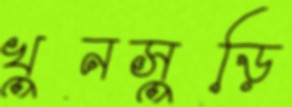
খুনসুড়ি